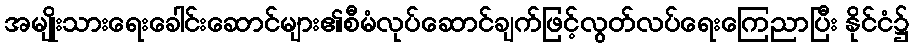
အမျိုးသားရေးခေါင်းဆောင်များ၏စီမံလုပ်ဆောင်ချက်ဖြင့်လွတ်လပ်ရေးကြေညာပြီး နိုင်ငံ၌